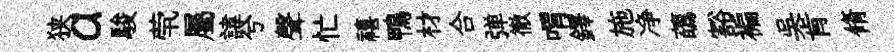
狭a駿茕屬諱兮聲忙禧鴨材合弹徹喟鐸施净蘤豁褊吴肯脩